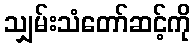
သျှမ်းသံတော်ဆင့်ကို